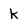
Character: k